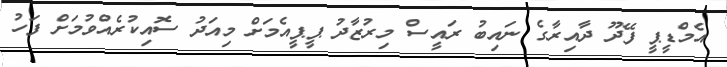
އެމްޑީޕީ ފޭދޫ ދާއިރާގެ ނައިބު ރައީސް މިރުޒާދު ޕީޕީއެމަށް މިއަދު ސޮއިކުރެއްވުމަށް ފަހު